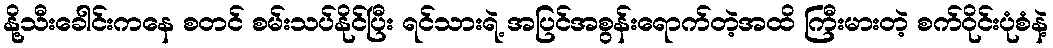
နို့သီးခေါင်းကနေ စတင် စမ်းသပ်နိုင်ပြီး ရင်သားရဲ့ အပြင်အစွန်းရောက်တဲ့အထိ ကြီးမားတဲ့ စက်ဝိုင်းပုံစံနဲ့